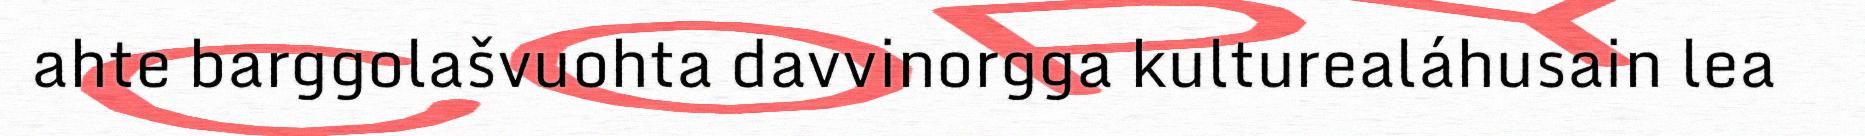
ahte barggolašvuohta davvinorgga kulturealáhusain lea